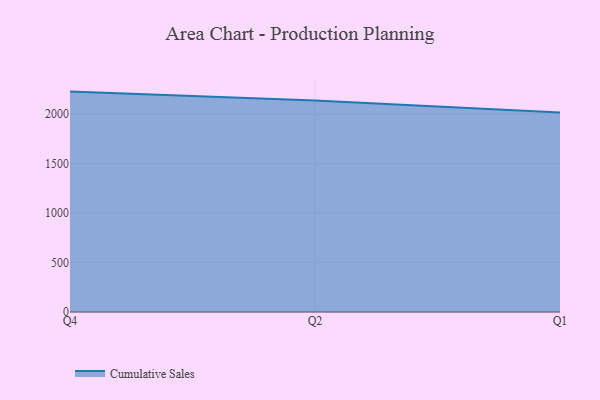
{"axis": {"x": "Quarter", "y": "Conversion Rate (%)"}, "legend": ["Cumulative Sales"], "data": [{"x": "Q4", "y": 2227.5, "type": "Cumulative Sales"}, {"x": "Q2", "y": 2136.3, "type": "Cumulative Sales"}, {"x": "Q1", "y": 2016.3, "type": "Cumulative Sales"}]}